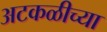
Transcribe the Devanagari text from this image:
अटकळीच्या